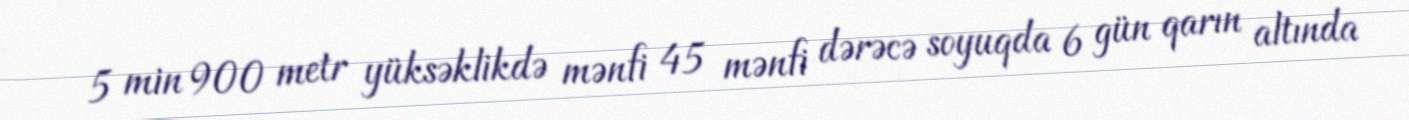
5 min 900 metr yüksəklikdə mənfi 45 mənfi dərəcə soyuqda 6 gün qarın altında